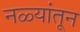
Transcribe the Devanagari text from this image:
नळ्यांतून